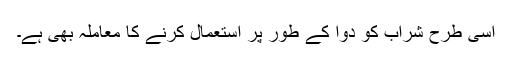
اسی طرح شراب کو دوا کے طور پر استعمال کرنے کا معاملہ بھی ہے۔